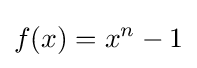
f(x)=x^{n}-1